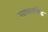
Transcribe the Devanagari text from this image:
स्वभावसिद्ध